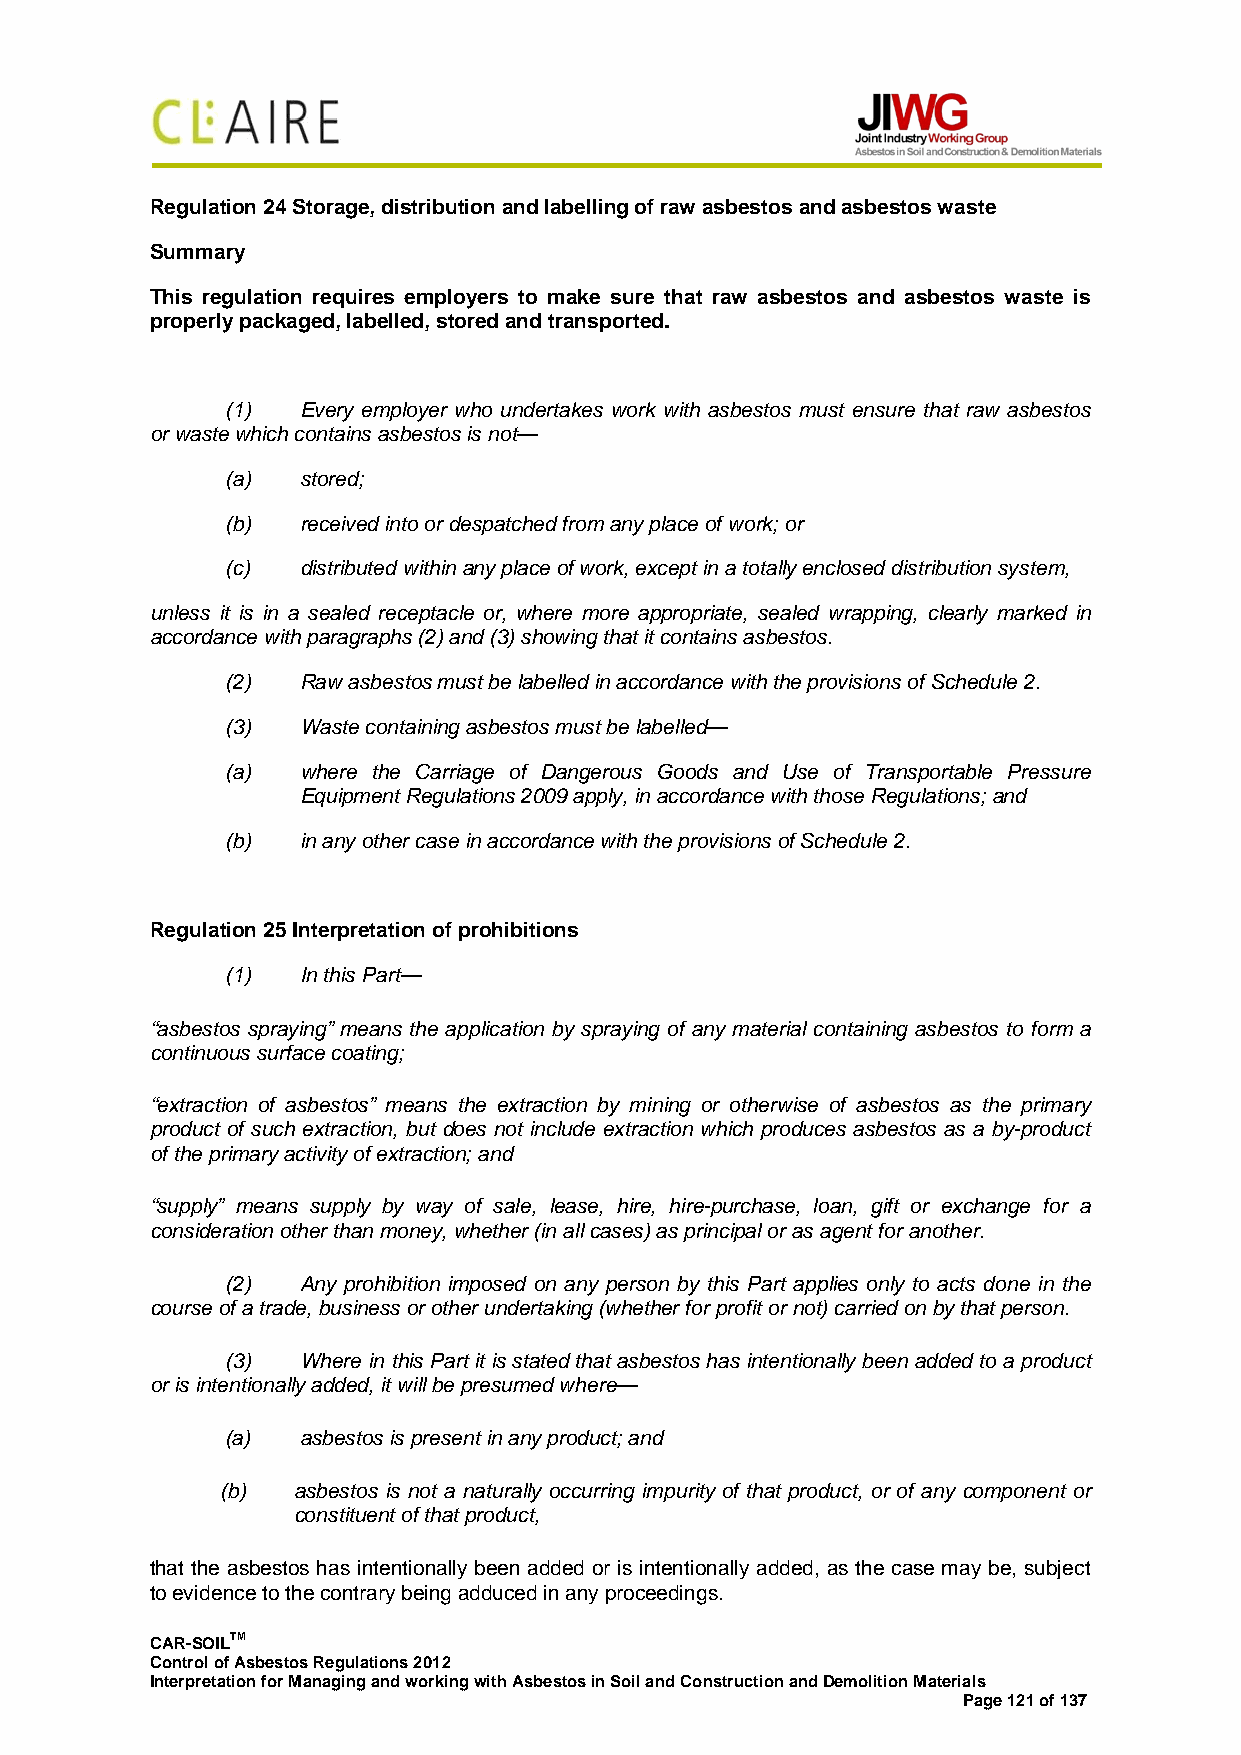
Regulation 24 Storage, distribution and labelling of raw asbestos and asbestos waste
 Summary
 This regulation requires employers to make sure that raw asbestos and asbestos waste is
 properly packaged, labelled, stored and transported.
 (1)  Every employer who undertakes work with asbestos must ensure that raw asbestos
 or waste which contains asbestos is not—
 (a)  stored;
 (b)  received into or despatched from any place of work; or
 (c)  distributed within any place of work, except in a totally enclosed distribution system,
 unless it is in a sealed receptacle or, where more appropriate, sealed wrapping, clearly marked in
 accordance with paragraphs (2) and (3) showing that it contains asbestos.
 (2)  Raw asbestos must be labelled in accordance with the provisions of Schedule 2.
 (3)  Waste containing asbestos must be labelled—
 (a)  where the Carriage of Dangerous Goods and Use of Transportable Pressure
 Equipment Regulations 2009 apply, in accordance with those Regulations; and
 (b)  in any other case in accordance with the provisions of Schedule 2.
 Regulation 25 Interpretation of prohibitions
 (1)  In this Part—
 “asbestos spraying” means the application by spraying of any material containing asbestos to form a
 continuous surface coating;
 “extraction of asbestos” means the extraction by mining or otherwise of asbestos as the primary
 product of such extraction, but does not include extraction which produces asbestos as a by-product
 of the primary activity of extraction; and
 “supply” means supply by way of sale, lease, hire, hire-purchase, loan, gift or exchange for a
 consideration other than money, whether (in all cases) as principal or as agent for another.
 (2)  Any prohibition imposed on any person by this Part applies only to acts done in the
 course of a trade, business or other undertaking (whether for profit or not) carried on by that person.
 (3)  Where in this Part it is stated that asbestos has intentionally been added to a product
 or is intentionally added, it will be presumed where—
 (a)  asbestos is present in any product; and
 (b) asbestos is not a naturally occurring impurity of that product, or of any component or
 constituent of that product,
 that the asbestos has intentionally been added or is intentionally added, as the case may be, subject
 to evidence to the contrary being adduced in any proceedings.
 CAR-SOILTM
 Control of Asbestos Regulations 2012
 Interpretation for Managing and working with Asbestos in Soil and Construction and Demolition Materials
 Page 121 of 137